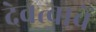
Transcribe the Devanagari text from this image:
देवत्वाचें